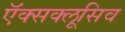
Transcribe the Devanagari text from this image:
ऍक्सक्लूसिव